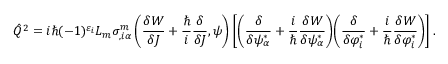
\hat { Q } ^ { 2 } = i \hbar ( - 1 ) ^ { \varepsilon _ { i } } L _ { m } \sigma _ { , i \alpha } ^ { m } \left( \frac { \delta W } { \delta { \cal J } } + \frac { \hbar } { i } \frac { \delta } { \delta { \cal J } } , \psi \right) \left[ \left( \frac { \delta } { \delta \psi _ { \alpha } ^ { * } } + \frac { i } { \hbar } \frac { \delta { \cal W } } { { \delta \psi _ { \alpha } ^ { * } } } \right) \! \left( \frac { \delta } { \delta \varphi _ { i } ^ { * } } + \frac { i } { \hbar } \frac { \delta { \cal W } } { { \delta \varphi _ { i } ^ { * } } } \right) \right] .